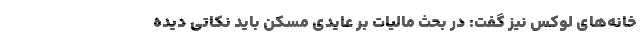
خانه‌های لوکس نیز گفت: در بحث مالیات بر عایدی مسکن باید نکاتی دیده